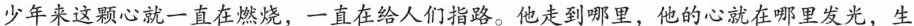
少年来这颗心就一直在燃烧，一直在给人们指路。他走到哪里，他的心就在哪里发光。生